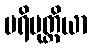
ပရိမုတ္တိယာ